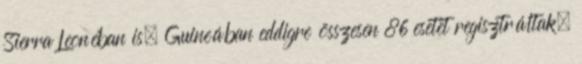
Sierra Leonéban is. Guineában eddigre összesen 86 esetet regisztráltak,